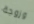
وزوجة